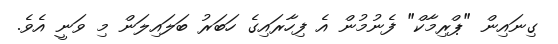
ގިނައިން "ޕްރިމާކް" ފެނުމުން އެ ފިހާރައިގެ ހަބަރު ބަލައިލަން މި ވަނީ އެވެ.